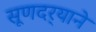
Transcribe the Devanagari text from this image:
सूणदर्‍याने